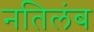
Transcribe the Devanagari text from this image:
नतिलंब